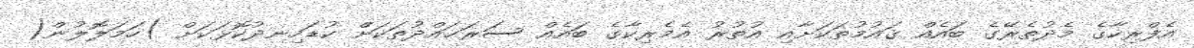
އެފްރިކާގެ މެދުތެރޭގެ ބައެއް ޤައުމުތަކަށާއި އުތުރު އެމެރިކާގެ ބައެއް ސަރަޙައްދުތަކަށް ކުޑަހިނދުކޮޅަކަށް )ހަމަލޮލުން(